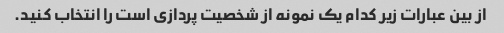
از بین عبارات زیر کدام یک نمونه از شخصیت پردازی است را انتخاب کنید.